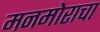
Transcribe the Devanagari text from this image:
मनमोराचा